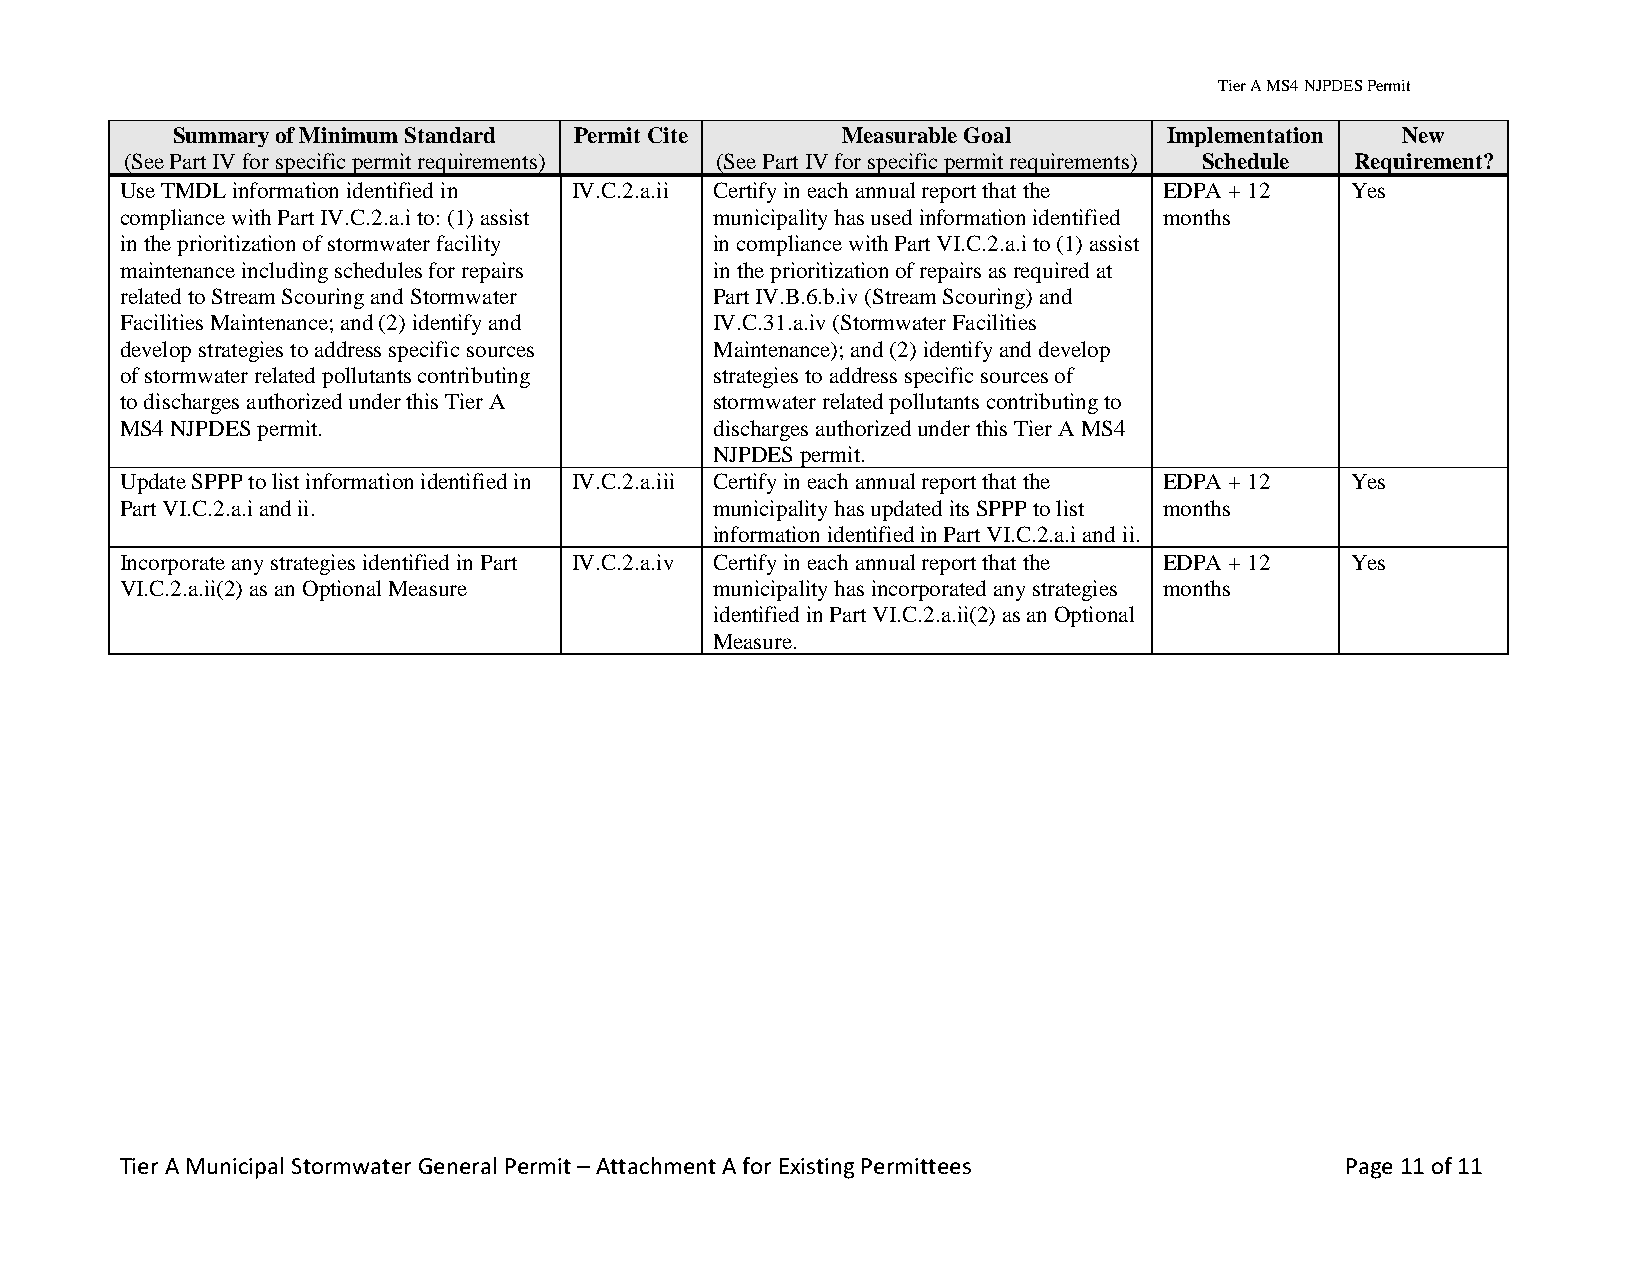
Tier A MS4 NJPDES Permit
 Summary of Minimum Standard Permit Cite      Measurable Goal      Implementation  New
 (See Part IV for specific permit requirements) (See Part IV for specific permit requirements) Schedule Requirement?
 Use TMDL information identified in IV.C.2.a.ii Certify in each annual report that the EDPA + 12 Yes
 compliance with Part IV.C.2.a.i to: (1) assist municipality has used information identified months
 in the prioritization of stormwater facility in compliance with Part VI.C.2.a.i to (1) assist
 maintenance including schedules for repairs in the prioritization of repairs as required at
 related to Stream Scouring and Stormwater Part IV.B.6.b.iv (Stream Scouring) and
 Facilities Maintenance; and (2) identify and IV.C.31.a.iv (Stormwater Facilities
 develop strategies to address specific sources Maintenance); and (2) identify and develop
 of stormwater related pollutants contributing strategies to address specific sources of
 to discharges authorized under this Tier A stormwater related pollutants contributing to
 MS4 NJPDES permit.                     discharges authorized under this Tier A MS4
 NJPDES permit.
 Update SPPP to list information identified in IV.C.2.a.iii Certify in each annual report that the EDPA + 12 Yes
 Part VI.C.2.a.i and ii.                municipality has updated its SPPP to list months
 information identified in Part VI.C.2.a.i and ii.
 Incorporate any strategies identified in Part IV.C.2.a.iv Certify in each annual report that the EDPA + 12 Yes
 VI.C.2.a.ii(2) as an Optional Measure  municipality has incorporated any strategies months
 identified in Part VI.C.2.a.ii(2) as an Optional
 Measure.
 Tier A Municipal Stormwater General Permit – Attachment A for Existing Permittees Page 11 of 11